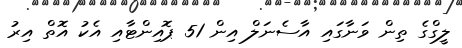
ލީގްގެ ތިން ވަނާގައި އާސެނަލް އިން 51 ޕޮއިންޓާއި އެކު އޮތް އިރު